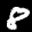
Label: 8